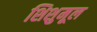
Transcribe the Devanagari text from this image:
शिशुमूल